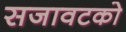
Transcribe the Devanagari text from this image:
सजावटको